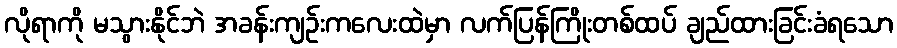
လိုရာကို မသွားနိုင်ဘဲ အခန်းကျဉ်းကလေးထဲမှာ လက်ပြန်ကြိုးတစ်ထပ် ချည်ထားခြင်းခံရသော